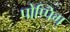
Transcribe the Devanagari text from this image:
पोप्पिग्